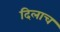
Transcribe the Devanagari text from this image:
दिलाच